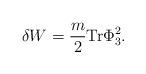
LaTeX: \begin{align*}\delta W = {m \over 2} \mbox{Tr} \Phi_3 ^2 .\end{align*}